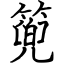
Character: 篼